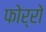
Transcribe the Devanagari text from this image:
फोर्रो